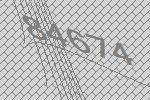
84674